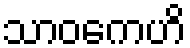
သာဝကေဟိ